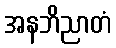
အနဘိညာတံ